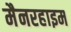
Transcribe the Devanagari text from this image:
मैनरहाइम